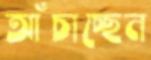
আঁচাচ্ছেন